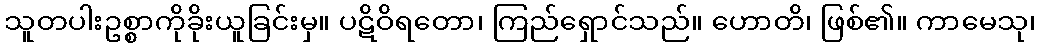
သူတပါးဥစ္စာကိုခိုးယူခြင်းမှ။ ပဋိဝိရတော၊ ကြည်ရှောင်သည်။ ဟောတိ၊ ဖြစ်၏။ ကာမေသု၊